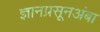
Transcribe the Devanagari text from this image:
ज्ञानप्रसूनअंबा